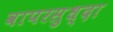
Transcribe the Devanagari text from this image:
वापरसुध्दा